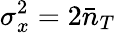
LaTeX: \sigma_{x}^{2}=2\bar{n}_{T}